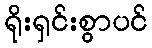
ရိုးရှင်းစွာပင်